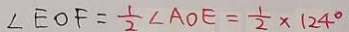
\angle E O F = \frac { 1 } { 2 } \angle A O E = \frac { 1 } { 2 } \times 1 2 4 ^ { \circ }